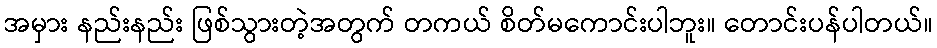
အမှား နည်းနည်း ဖြစ်သွားတဲ့အတွက် တကယ် စိတ်မကောင်းပါဘူး။ တောင်းပန်ပါတယ်။